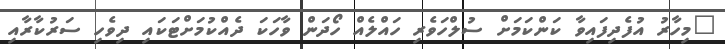
"މިހާރު އުފެދިފައިވާ ކަންކަމަށް ސުލްހަވެރި ހައްލެއް ހޯދަން ވާހަކަ ދެއްކުމަށްޓަކައި ދިވެހި ސަރުކާރާއި